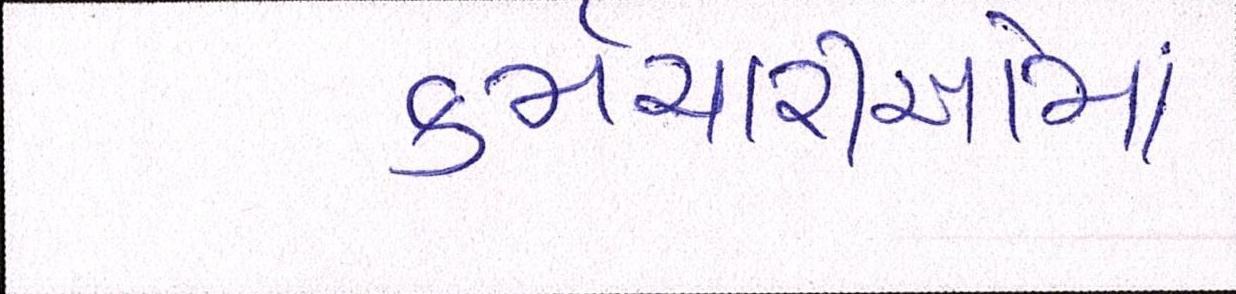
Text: કર્મચારીઓમાં